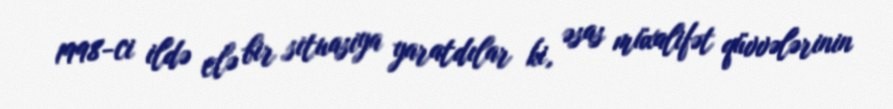
1998-ci ildə elə bir situasiya yaratdılar ki, əsas müxalifət qüvvələrinin